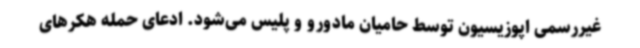
غیررسمی اپوزیسیون توسط حامیان مادورو و پلیس می‌شود. ادعای حمله هکرهای